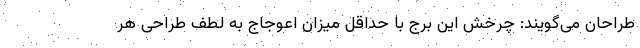
طراحان می‌گویند: چرخش این برج با حداقل میزان اعوجاج به لطف طراحی هر